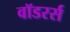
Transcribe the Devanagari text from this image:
वॉडरर्स